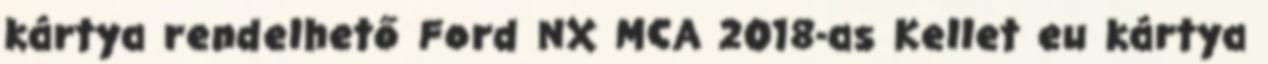
kártya rendelhető Ford NX MCA 2018-as Kellet eu kártya